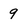
Character: 9